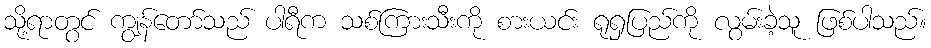
သို့ရာတွင် ကျွန်တော်သည် ပါရီက သစ်ကြားသီးကို စားယင်း ရုရှပြည်ကို လွမ်းခဲ့သူ ဖြစ်ပါသည်။